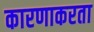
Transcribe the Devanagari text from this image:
कारणाकरता